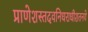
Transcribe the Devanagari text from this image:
प्राणेशस्तदवनिधराधीशतनये